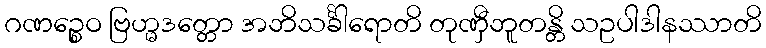
ဂဏဉ္စေဝ ဗြဟ္မဒတ္တော အဘိသင်္ခါရောတိ တုဏှီဘူတန္တိ သဥပါဒါနဿာတိ